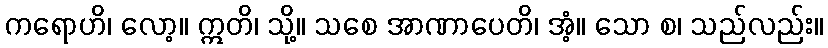
ကရောဟိ၊ လော့။ ဣတိ၊ သို့။ သစေ အာဏာပေတိ၊ အံ့။ သော စ၊ သည်လည်း။